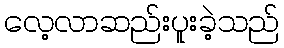
လေ့လာဆည်းပူးခဲ့သည်